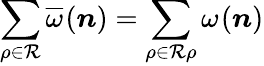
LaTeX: \sum_{\rho\in\mathcal R}\overline{{\omega}}_{}(\boldsymbol n)=\sum_{\rho\in\mathcal R\rho}\omega_{}(\boldsymbol n)